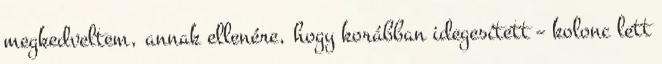
megkedveltem, annak ellenére, hogy korábban idegesített – kolonc lett